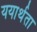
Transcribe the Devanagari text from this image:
ययार्थता